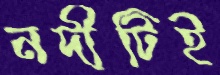
নদীটিই